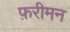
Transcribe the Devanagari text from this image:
फ़रीमन